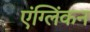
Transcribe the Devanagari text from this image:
एंग्लिंकन